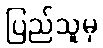
ပြည်သူမှ